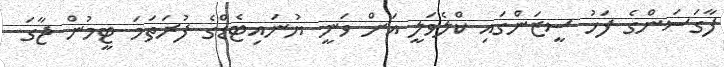
ފާގަސަންގެ ފަހު ސީޒަންގައި ކްލެވަލީ އަށް ވަނީ ޔުނައިޓެޑްގެ ފުރަތަމަ ޓީމުން ޖާގަ